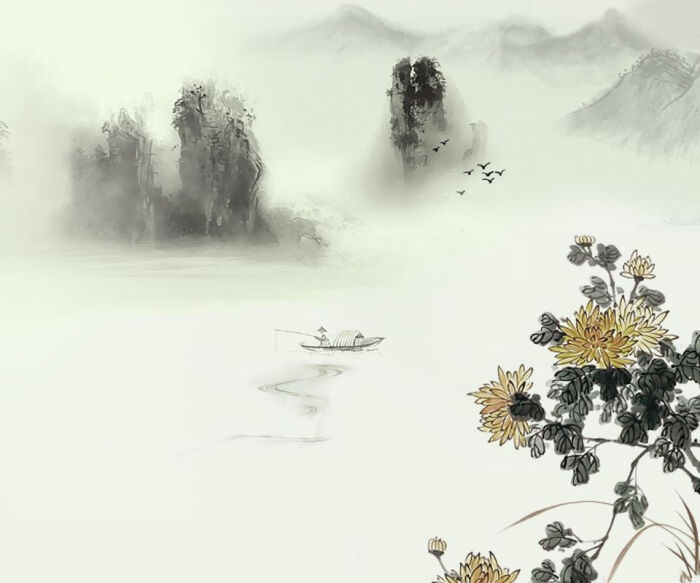
烟水茫茫，千里斜阳暮。山无数。乱红如雨。